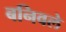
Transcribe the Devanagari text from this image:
बनिवले